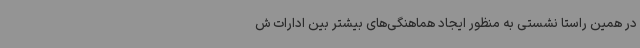
در همین راستا نشستی به منظور ایجاد هماهنگی‌های بیشتر بین ادارات ش